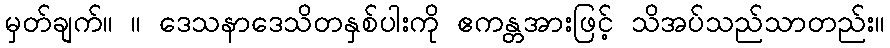
မှတ်ချက်။ ။ ဒေသနာဒေသိတနှစ်ပါးကို ဧကန္တအားဖြင့် သိအပ်သည်သာတည်း။